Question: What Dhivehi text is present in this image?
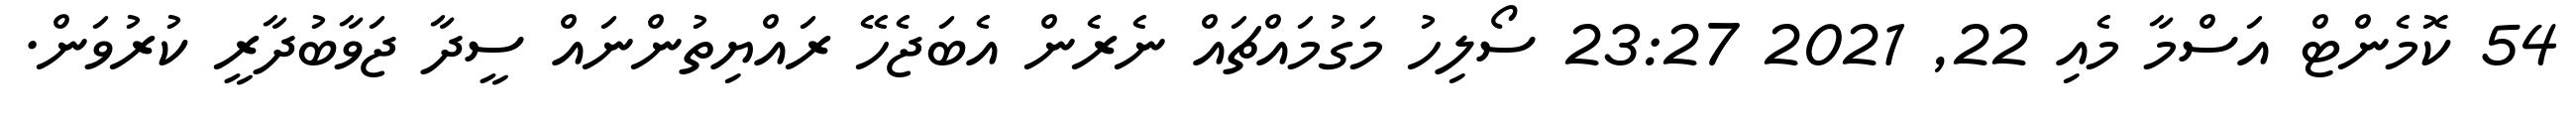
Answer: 54 ކޮމެންޓް އަސްމާ މެއި 22, 2021 23:27 ސޯލިހު މަގުމައްޗައް ނެރެން އެބަޖެހޭ ރައްޔިތުންނައް ސީދާ ޖަވާބުދާރީ ކުރުވަން.